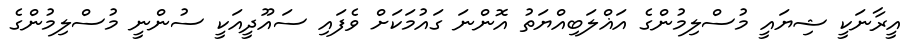
އީރާނަކީ ޝިޔައީ މުސްލިމުންގެ އަޣްލަބިއްޔަތު އޮންނަ ގައުމަކަށް ވެފައި ސައޫދީއަކީ ސުންނީ މުސްލިމުންގެ